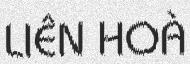
LIÊN HOÀ